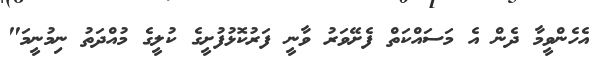
އެހެންވީމާ ދެން އެ މަސައްކަތް ފެށޭވަރު ވާނީ ފަރުކޮޅުފުށީގެ ކުލީގެ މުއްދަތު ނިމުނީމަ"